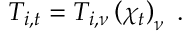
T _ { i , t } = T _ { i , \nu } \left( \chi _ { t } \right) _ { \nu } \; .